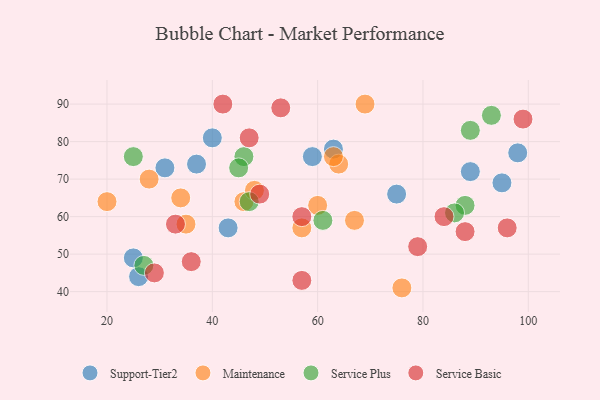
{"axis": {"x": "GDP", "y": "Life Expectancy"}, "legend": ["Maintenance", "Service Basic", "Service Plus", "Support-Tier2"], "data": [{"x": "63", "y": 78, "type": "Support-Tier2"}, {"x": "75", "y": 66, "type": "Support-Tier2"}, {"x": "31", "y": 73, "type": "Support-Tier2"}, {"x": "40", "y": 81, "type": "Support-Tier2"}, {"x": "95", "y": 69, "type": "Support-Tier2"}, {"x": "89", "y": 72, "type": "Support-Tier2"}, {"x": "26", "y": 44, "type": "Support-Tier2"}, {"x": "98", "y": 77, "type": "Support-Tier2"}, {"x": "37", "y": 74, "type": "Support-Tier2"}, {"x": "25", "y": 49, "type": "Support-Tier2"}, {"x": "59", "y": 76, "type": "Support-Tier2"}, {"x": "43", "y": 57, "type": "Support-Tier2"}, {"x": "67", "y": 59, "type": "Maintenance"}, {"x": "46", "y": 64, "type": "Maintenance"}, {"x": "35", "y": 58, "type": "Maintenance"}, {"x": "60", "y": 63, "type": "Maintenance"}, {"x": "48", "y": 67, "type": "Maintenance"}, {"x": "76", "y": 41, "type": "Maintenance"}, {"x": "57", "y": 57, "type": "Maintenance"}, {"x": "28", "y": 70, "type": "Maintenance"}, {"x": "34", "y": 65, "type": "Maintenance"}, {"x": "20", "y": 64, "type": "Maintenance"}, {"x": "64", "y": 74, "type": "Maintenance"}, {"x": "63", "y": 76, "type": "Maintenance"}, {"x": "69", "y": 90, "type": "Maintenance"}, {"x": "88", "y": 63, "type": "Service Plus"}, {"x": "47", "y": 64, "type": "Service Plus"}, {"x": "93", "y": 87, "type": "Service Plus"}, {"x": "86", "y": 61, "type": "Service Plus"}, {"x": "27", "y": 47, "type": "Service Plus"}, {"x": "89", "y": 83, "type": "Service Plus"}, {"x": "25", "y": 76, "type": "Service Plus"}, {"x": "46", "y": 76, "type": "Service Plus"}, {"x": "61", "y": 59, "type": "Service Plus"}, {"x": "45", "y": 73, "type": "Service Plus"}, {"x": "88", "y": 56, "type": "Service Basic"}, {"x": "57", "y": 43, "type": "Service Basic"}, {"x": "84", "y": 60, "type": "Service Basic"}, {"x": "42", "y": 90, "type": "Service Basic"}, {"x": "79", "y": 52, "type": "Service Basic"}, {"x": "53", "y": 89, "type": "Service Basic"}, {"x": "49", "y": 66, "type": "Service Basic"}, {"x": "29", "y": 45, "type": "Service Basic"}, {"x": "99", "y": 86, "type": "Service Basic"}, {"x": "57", "y": 60, "type": "Service Basic"}, {"x": "33", "y": 58, "type": "Service Basic"}, {"x": "96", "y": 57, "type": "Service Basic"}, {"x": "47", "y": 81, "type": "Service Basic"}, {"x": "36", "y": 48, "type": "Service Basic"}]}